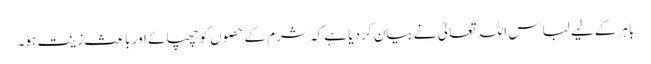
باہر کے لیے لباس اللہ تعالیٰ نے بیان کر دیا ہے کہ شرم کے حصوں کو چھپائے اور باعث زینت ہو۔